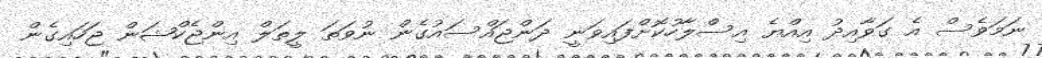
ނަމަވެސް އެ ގަވާއިދު އިއްޔެ އިސްލާހުކޮށްފައިވަނީ ދަންޖައްސައުގެން ނުވަތަ ލީތަލް އިންޖެކްޝަން ޖަހައިގެން